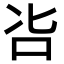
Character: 𠯺